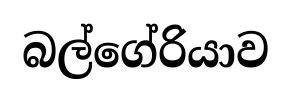
බල්ගේරියාව